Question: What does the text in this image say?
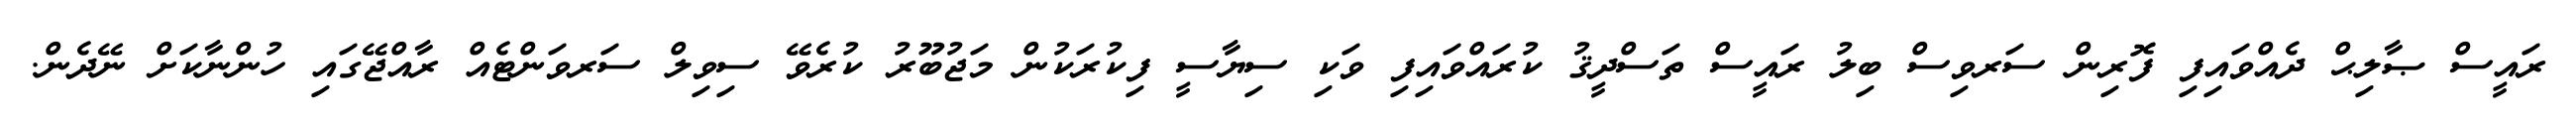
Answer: ރައީސް ޞާލިޙް ދެއްވައިފި ފޮރިން ސަރވިސް ބިލު ރައީސް ތަސްދީޤު ކުރައްވައިފި ވަކި ސިޔާސީ ފިކުރަކުން މަޖުބޫރު ކުރެވޭ ސިވިލް ސަރވަންޓެއް ރާއްޖޭގައި ހުންނާކަށް ނޭދެން.